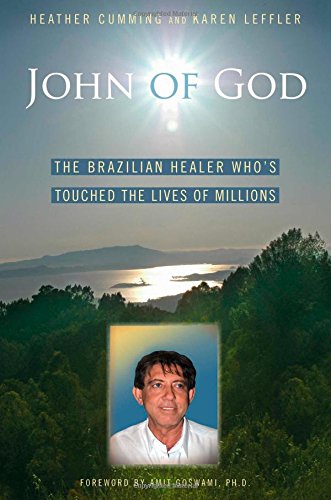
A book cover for John of God: The Brazilian Healer Who's Touched the Lives of Millions; Heather Cumming; Religion & Spirituality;